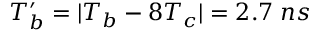
T _ { b } ^ { \prime } = | T _ { b } - 8 T _ { c } | = 2 . 7 \; n s